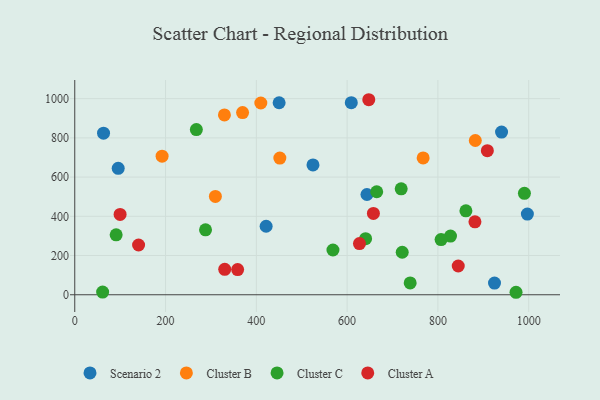
{"axis": {"x": "Ad Spend", "y": "Rating"}, "legend": ["Cluster A", "Cluster B", "Cluster C", "Scenario 2"], "data": [{"x": "924.7", "y": 59.7, "type": "Scenario 2"}, {"x": "609.2", "y": 979.5, "type": "Scenario 2"}, {"x": "95.7", "y": 644.7, "type": "Scenario 2"}, {"x": "997.1", "y": 411.6, "type": "Scenario 2"}, {"x": "63.4", "y": 824.0, "type": "Scenario 2"}, {"x": "524.8", "y": 661.9, "type": "Scenario 2"}, {"x": "421.6", "y": 349.2, "type": "Scenario 2"}, {"x": "643.7", "y": 511.2, "type": "Scenario 2"}, {"x": "940.2", "y": 829.7, "type": "Scenario 2"}, {"x": "450.2", "y": 979.2, "type": "Scenario 2"}, {"x": "369.7", "y": 929.2, "type": "Cluster B"}, {"x": "192.4", "y": 706.8, "type": "Cluster B"}, {"x": "409.9", "y": 977.8, "type": "Cluster B"}, {"x": "451.8", "y": 697.1, "type": "Cluster B"}, {"x": "309.8", "y": 501.6, "type": "Cluster B"}, {"x": "767.5", "y": 697.5, "type": "Cluster B"}, {"x": "329.7", "y": 917.0, "type": "Cluster B"}, {"x": "882.4", "y": 786.5, "type": "Cluster B"}, {"x": "990.6", "y": 517.3, "type": "Cluster C"}, {"x": "568.8", "y": 228.3, "type": "Cluster C"}, {"x": "267.9", "y": 842.5, "type": "Cluster C"}, {"x": "738.9", "y": 60.4, "type": "Cluster C"}, {"x": "288.1", "y": 331.0, "type": "Cluster C"}, {"x": "61.4", "y": 13.4, "type": "Cluster C"}, {"x": "972.1", "y": 12.6, "type": "Cluster C"}, {"x": "721.4", "y": 216.6, "type": "Cluster C"}, {"x": "640.7", "y": 285.7, "type": "Cluster C"}, {"x": "827.7", "y": 299.3, "type": "Cluster C"}, {"x": "807.0", "y": 281.3, "type": "Cluster C"}, {"x": "861.7", "y": 427.9, "type": "Cluster C"}, {"x": "91.2", "y": 305.6, "type": "Cluster C"}, {"x": "665.2", "y": 525.1, "type": "Cluster C"}, {"x": "719.1", "y": 539.9, "type": "Cluster C"}, {"x": "140.6", "y": 253.6, "type": "Cluster A"}, {"x": "330.4", "y": 129.5, "type": "Cluster A"}, {"x": "647.7", "y": 994.5, "type": "Cluster A"}, {"x": "627.2", "y": 260.7, "type": "Cluster A"}, {"x": "881.6", "y": 372.0, "type": "Cluster A"}, {"x": "657.9", "y": 414.8, "type": "Cluster A"}, {"x": "908.9", "y": 734.9, "type": "Cluster A"}, {"x": "99.9", "y": 409.6, "type": "Cluster A"}, {"x": "844.8", "y": 146.5, "type": "Cluster A"}, {"x": "358.8", "y": 128.3, "type": "Cluster A"}]}